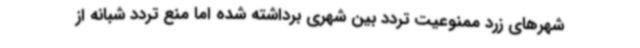
شهرهای زرد ممنوعیت تردد بین شهری برداشته شده اما منع تردد شبانه از